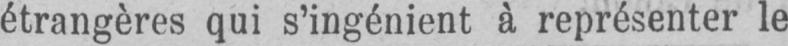
étrangères qui s’ingénient à représenter le